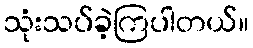
သုံးသပ်ခဲ့ကြပါတယ်။